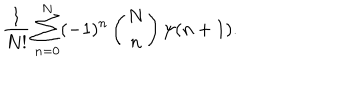
{ \frac { 1 } { N ! } } \sum _ { n = 0 } ^ { N } ( - 1 ) ^ { n } \left( N \atop n \right) \psi ( n + 1 ) .